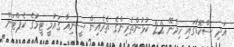
އަދި ސްކޮޑުގައި ހިމެނޭ 22 ކުޅުންތެރިންގެ ތެރެއިން ސީނިއާ ގައުމީ ޓީމުގެ ކެޕްޓަން